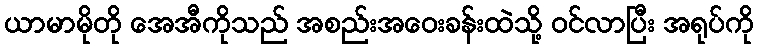
ယာမာမိုတို အေအီကိုသည် အစည်းအဝေးခန်းထဲသို့ ဝင်လာပြီး အရုပ်ကို